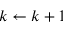
k \gets k + 1